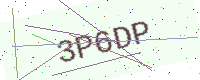
Text: 3P6DP